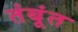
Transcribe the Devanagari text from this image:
तंबूंत